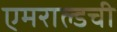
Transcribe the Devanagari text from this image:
एमराल्डची